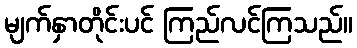
မျက်နှာတိုင်းပင် ကြည်လင်ကြသည်။